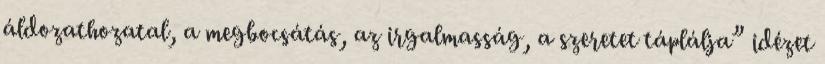
áldozathozatal, a megbocsátás, az irgalmasság, a szeretet táplálja” idézet